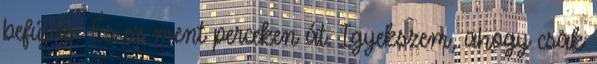
befújás. És ez ment perceken át. Igyekszem, ahogy csak